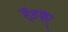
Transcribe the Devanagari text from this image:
रैड्का